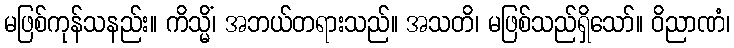
မဖြစ်ကုန်သနည်း။ ကိသ္မိံ၊ အဘယ်တရားသည်။ အသတိ၊ မဖြစ်သည်ရှိသော်။ ဝိညာဏံ၊